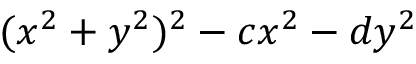
( x ^ { 2 } + y ^ { 2 } ) ^ { 2 } - c x ^ { 2 } - d y ^ { 2 }